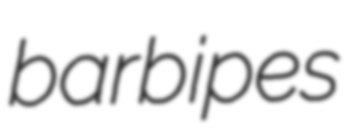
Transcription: barbipes